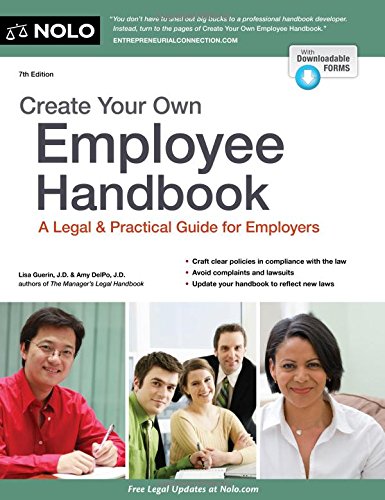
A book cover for Create Your Own Employee Handbook: A Legal & Practical Guide for Employers; Lisa Guerin J.D.; Law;